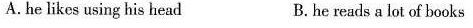
A.he likes using his head B.he reads a lot of books